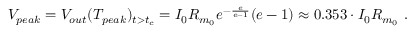
V _ { p e a k } = V _ { o u t } ( T _ { p e a k } ) _ { t > t _ { c } } = I _ { 0 } R _ { m _ { 0 } } e ^ { - \frac { e } { e - 1 } } ( e - 1 ) \approx 0 . 3 5 3 \cdot I _ { 0 } R _ { m _ { 0 } } ~ .